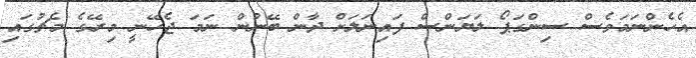
އެހެންނަމަވެސް ސިންގަޕޯ ލަޔަންސް ފައިނަލަށް ދާން ބޭނުން ނަމަ ޖެހޭނީ މިރޭގެ މެޗުގައި